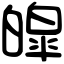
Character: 皡